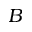
B